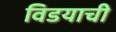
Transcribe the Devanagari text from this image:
विडयाची